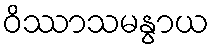
ဝိဿာသမနွာယ